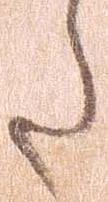
た